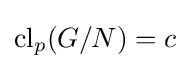
\mathrm {cl} _{p}(G/N)=c